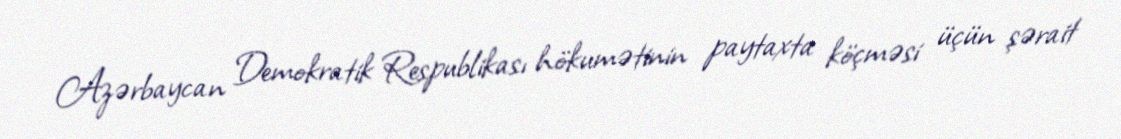
Azərbaycan Demokratik Respublikası hökumətinin paytaxta köçməsi üçün şərait